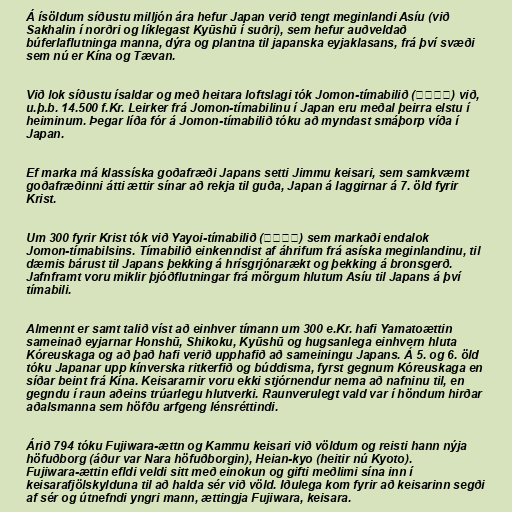
Á ísöldum síðustu milljón ára hefur Japan verið tengt meginlandi Asíu (við
Sakhalin í norðri og líklegast Kyūshū í suðri), sem hefur auðveldað
búferlaflutninga manna, dýra og plantna til japanska eyjaklasans, frá því svæði
sem nú er Kína og Tævan.

Við lok síðustu ísaldar og með heitara loftslagi tók Jomon-tímabilið (縄文時代) við,
u.þ.b. 14.500 f.Kr. Leirker frá Jomon-tímabilinu í Japan eru meðal þeirra elstu í
heiminum. Þegar líða fór á Jomon-tímabilið tóku að myndast smáþorp víða í
Japan.

Ef marka má klassíska goðafræði Japans setti Jimmu keisari, sem samkvæmt
goðafræðinni átti ættir sínar að rekja til guða, Japan á laggirnar á 7. öld fyrir
Krist.

Um 300 fyrir Krist tók við Yayoi-tímabilið (弥生時代) sem markaði endalok
Jomon-tímabilsins. Tímabilið einkenndist af áhrifum frá asíska meginlandinu, til
dæmis bárust til Japans þekking á hrísgrjónarækt og þekking á bronsgerð.
Jafnframt voru miklir þjóðflutningar frá mörgum hlutum Asíu til Japans á því
tímabili.

Almennt er samt talið víst að einhver tímann um 300 e.Kr. hafi Yamatoættin
sameinað eyjarnar Honshū, Shikoku, Kyūshū og hugsanlega einhvern hluta
Kóreuskaga og að það hafi verið upphafið að sameiningu Japans. Á 5. og 6. öld
tóku Japanar upp kínverska ritkerfið og búddisma, fyrst gegnum Kóreuskaga en
síðar beint frá Kína. Keisararnir voru ekki stjórnendur nema að nafninu til, en
gegndu í raun aðeins trúarlegu hlutverki. Raunverulegt vald var í höndum hirðar
aðalsmanna sem höfðu arfgeng lénsréttindi.

Árið 794 tóku Fujiwara-ættn og Kammu keisari við völdum og reisti hann nýja
höfuðborg (áður var Nara höfuðborgin), Heian-kyo (heitir nú Kyoto).
Fujiwara-ættin efldi veldi sitt með einokun og gifti meðlimi sína inn í
keisarafjölskylduna til að halda sér við völd. Iðulega kom fyrir að keisarinn segði
af sér og útnefndi yngri mann, ættingja Fujiwara, keisara.